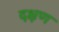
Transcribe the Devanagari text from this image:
दक्षण